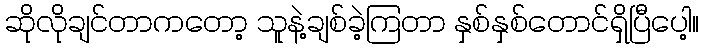
ဆိုလိုချင်တာကတော့ သူနဲ့ချစ်ခဲ့ကြတာ နှစ်နှစ်တောင်ရှိပြီပေါ့။